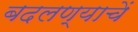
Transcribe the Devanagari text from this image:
बदलण्याचें